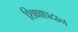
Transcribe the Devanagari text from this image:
शिक्षाप्रदान